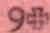
9+